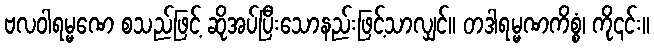
ဗလဝါရမ္မဏေ စသည်ဖြင့် ဆိုအပ်ပြီးသောနည်းဖြင့်သာလျှင်။ တဒါရမ္မဏကိစ္စံ၊ ကို၎င်း။